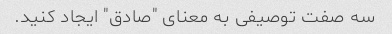
سه صفت توصیفی به معنای "صادق" ایجاد کنید.